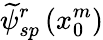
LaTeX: \widetilde{\psi}_{sp}^{r}\left(x_{0}^{m}\right)